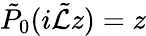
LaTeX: \tilde{P}_{0}(i\tilde{\mathcal{L}}z)=z